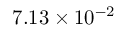
7 . 1 3 \times 1 0 ^ { - 2 }